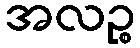
အလဉ္စ